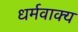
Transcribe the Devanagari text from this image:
धर्मवाक्य